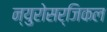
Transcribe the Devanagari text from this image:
न्युरोसर्जिकल